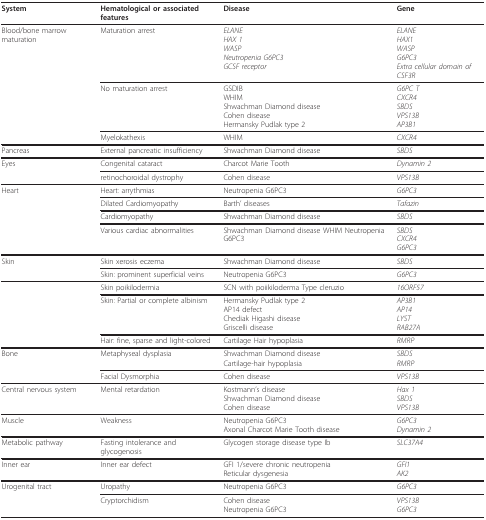
<table><thead><tr><td><b>System</b></td><td><b>Hematological or associated features</b></td><td><b>Disease</b></td><td><b>Gene</b></td></tr></thead><tbody><tr><td>Blood/bone marrow maturation</td><td>Maturation arrest</td><td><i>ELANE</i><i>HAX 1</i><i>WASP</i><i>Neutropenia G6PC3</i><i>GCSF receptor</i></td><td><i>ELANE</i><i>HAX1</i><i>WASP</i><i>G6PC3</i><i>Extra cellular domain of CSF3R</i></td></tr><tr><td></td><td>No maturation arrest</td><td>GSDIBWHIMShwachman Diamond diseaseCohen diseaseHermansky Pudlak type 2</td><td><i>G6PC T</i><i>CXCR4</i><i>SBDS</i><i>VPS13B</i><i>AP3B1</i></td></tr><tr><td></td><td>Myelokathexis</td><td>WHIM</td><td><i>CXCR4</i></td></tr><tr><td>Pancreas</td><td>External pancreatic insufficiency</td><td>Shwachman Diamond disease</td><td><i>SBDS</i></td></tr><tr><td>Eyes</td><td>Congenital cataract</td><td>Charcot Marie Tooth</td><td><i>Dynamin 2</i></td></tr><tr><td></td><td>retinochoroidal dystrophy</td><td>Cohen disease</td><td><i>VPS13B</i></td></tr><tr><td>Heart</td><td>Heart: arrythmias</td><td>Neutropenia G6PC3</td><td><i>G6PC3</i></td></tr><tr><td></td><td>Dilated Cardiomyopathy</td><td>Barth&#x27; diseases</td><td><i>Tafazin</i></td></tr><tr><td></td><td>Cardiomyopathy</td><td>Shwachman Diamond disease</td><td><i>SBDS</i></td></tr><tr><td></td><td>Various cardiac abnormalities</td><td>Shwachman Diamond disease WHIM Neutropenia G6PC3</td><td><i>SBDS</i><i>CXCR4</i><i>G6PC3</i></td></tr><tr><td>Skin</td><td>Skin xerosis eczema</td><td>Shwachman Diamond disease</td><td><i>SBDS</i></td></tr><tr><td></td><td>Skin: prominent superficial veins</td><td>Neutropenia G6PC3</td><td><i>G6PC3</i></td></tr><tr><td></td><td>Skin poikilodermia</td><td>SCN with poiikiloderma Type cleruzio</td><td><i>16ORF57</i></td></tr><tr><td></td><td>Skin: Partial or complete albinism</td><td>Hermansky Pudlak type 2AP14 defectChediak Higashi diseaseGriscelli disease</td><td><i>AP3B1</i><i>AP14</i><i>LYST</i><i>RAB27A</i></td></tr><tr><td></td><td>Hair: fine, sparse and light-colored</td><td>Cartilage Hair hypoplasia</td><td><i>RMRP</i></td></tr><tr><td>Bone</td><td>Metaphyseal dysplasia</td><td>Shwachman Diamond diseaseCartilage-hair hypoplasia</td><td><i>SBDS</i><i>RMRP</i></td></tr><tr><td></td><td>Facial Dysmorphia</td><td>Cohen disease</td><td><i>VPS13B</i></td></tr><tr><td>Central nervous system</td><td>Mental retardation</td><td>Kostmann&#x27;s diseaseShwachman Diamond diseaseCohen disease</td><td><i>Hax 1</i><i>SBDS</i><i>VPS13B</i></td></tr><tr><td>Muscle</td><td>Weakness</td><td>Neutropenia G6PC3Axonal Charcot Marie Tooth disease</td><td><i>G6PC3</i><i>Dynamin 2</i></td></tr><tr><td>Metabolic pathway</td><td>Fasting intolerance and glycogenosis</td><td>Glycogen storage disease type Ib</td><td><i>SLC37A4</i></td></tr><tr><td>Inner ear</td><td>Inner ear defect</td><td>GFI 1/severe chronic neutropeniaReticular dysgenesia</td><td><i>GFI1</i><i>AK2</i></td></tr><tr><td>Urogenital tract</td><td>Uropathy</td><td>Neutropenia G6PC3</td><td><i>G6PC3</i></td></tr><tr><td></td><td>Cryptorchidism</td><td>Cohen diseaseNeutropenia G6PC3</td><td><i>VPS13B</i><i>G6PC3</i></td></tr></tbody></table>